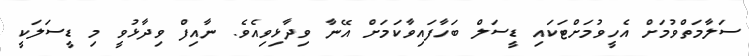
ސަލާމަތްވުމަށް އެހީވުމަށްޓަކައި ޑީސަލް ބަހާފައިވާކަމަށް އޭނާ ވިދާޅިވިއެވެ. ނާއިފް ވިދާޅުވީ މި ޑީސަލަކީ